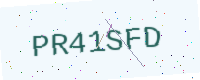
Text: PR41SFD